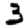
Digit: 3